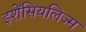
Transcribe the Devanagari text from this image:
इशेंसियलिज्म